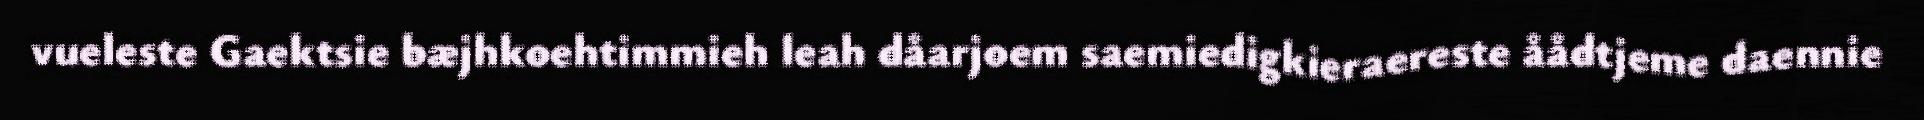
vueleste Gaektsie bæjhkoehtimmieh leah dåarjoem saemiedigkieraereste åådtjeme daennie